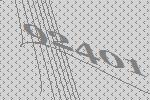
92401